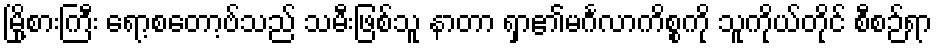
မြို့စားကြီး ရော့စတော့ဗ်သည် သမီးဖြစ်သူ နာတာ ရှာ၏မင်္ဂလာကိစ္စကို သူကိုယ်တိုင် စီစဉ်ရာ